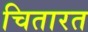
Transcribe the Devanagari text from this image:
चितारत